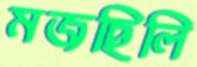
মজছিলি